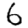
Digit: 6